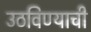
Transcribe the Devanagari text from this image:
उठविण्याची